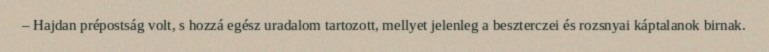
– Hajdan prépostság volt, s hozzá egész uradalom tartozott, mellyet jelenleg a beszterczei és rozsnyai káptalanok birnak.